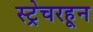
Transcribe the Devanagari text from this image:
स्ट्रेचरहून